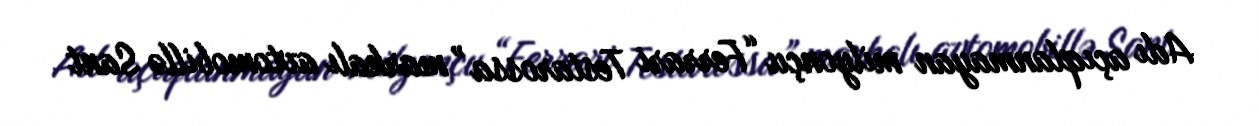
Adı açıqlanmayan milyonçu “Ferrari Testarossa” markalı avtomobillə Sant